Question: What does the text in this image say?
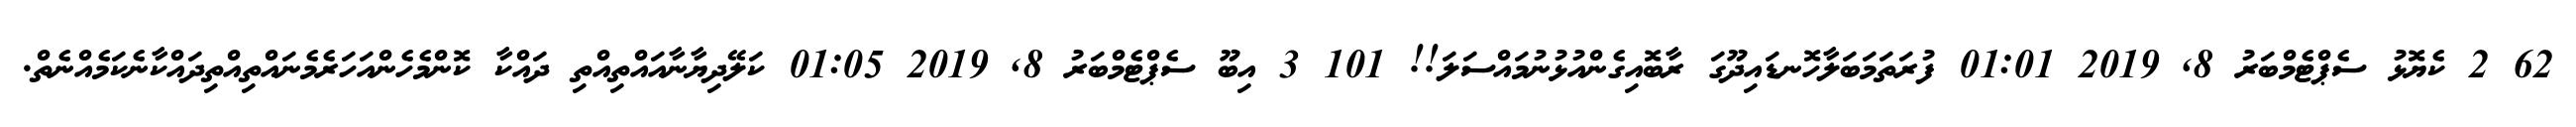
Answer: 62 2 ކެޔޮޅު ސެޕްޓެމްބަރު 8, 2019 01:01 ފުރަތަމަބަލާހޮނޑައިދޫގަ ރާބޮއިގެންއުޅުނުމައްސަލަ!! 101 3 އިބޫ ސެޕްޓެމްބަރު 8, 2019 01:05 ކަލޭދިޔާނާއައްތިއްތި ދައްކާ ކޮންމެހެންއަހަރެމެނައްތިއްތިދައްކާނެކަމެއްނެތް.